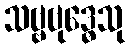
သဗ္ဗဗုဒ္ဓေသု